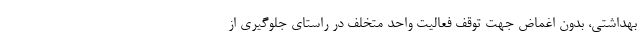
بهداشتی، بدون اغماض جهت توقف فعالیت واحد متخلف در راستای جلوگیری از